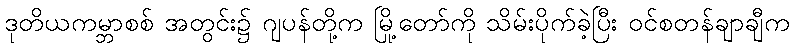
ဒုတိယကမ္ဘာစစ် အတွင်း၌ ဂျပန်တို့က မြို့တော်ကို သိမ်းပိုက်ခဲ့ပြီး ဝင်စတန်ချာချီက